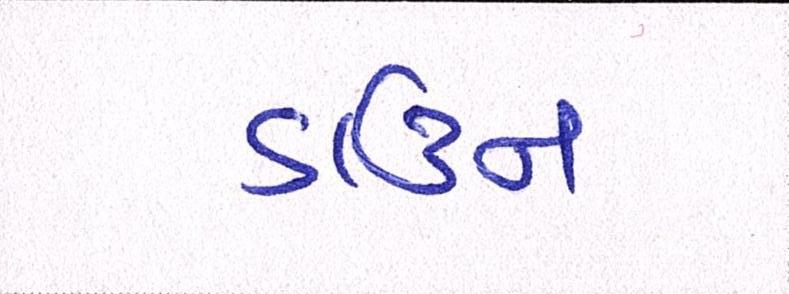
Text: ડાઉન